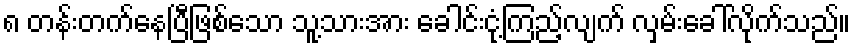
၈ တန်းတက်နေပြီဖြစ်သော သူ့သားအား ခေါင်းငုံ့ကြည့်လျက် လှမ်းခေါ်လိုက်သည်။